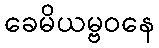
ခေမိယမ္ဗဝနေ